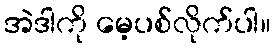
အဲဒါကို မေ့ပစ်လိုက်ပါ။